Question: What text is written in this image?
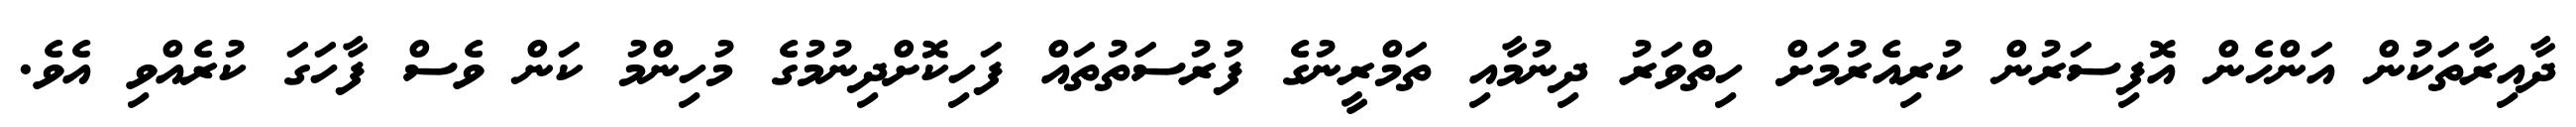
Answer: ދާއިރާތަކުން އަންހެން އޮފިސަރުން ކުރިއެރުމަށް ހިތްވަރު ދިނުމާއި ތަމްރީނުގެ ފުރުސަތުތައް ފަހިކޮށްދިނުމުގެ މުހިންމު ކަން ވެސް ފާހަގަ ކުރެއްވި އެވެ.